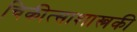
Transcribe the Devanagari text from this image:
चिकीत्साशास्त्रकी